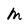
Character: M